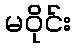
မဝိုင်း